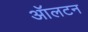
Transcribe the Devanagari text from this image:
ऑलटन